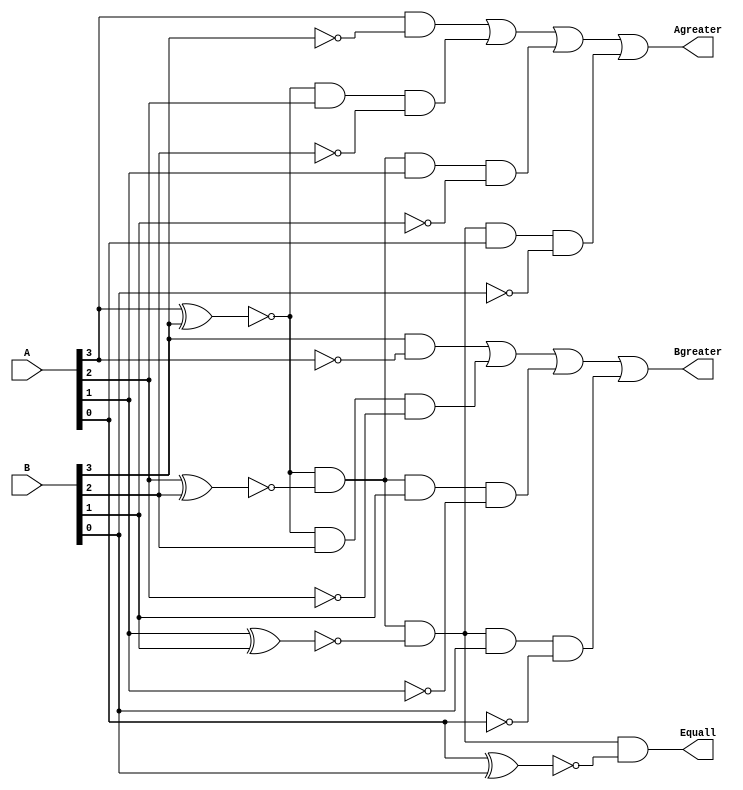
module comp4 (A,B,Agreater,Bgreater,Equall);
input wire [3:0] A ;
input wire [3:0] B ;
output wire Agreater , Bgreater , Equall ;
wire X3,X2,X1,X0 ;
assign X3 = (~(A[3]^B[3]));
assign X2 = (~(A[2]^B[2]));
assign X1 = (~(A[1]^B[1]));
assign X0 = (~(A[0]^B[0]));
assign Equall    =  X3 & X2 & X1 & X0 ;
assign Agreater  = (A[3] & (~B[3])) | (X3 & A[2] & (~B[2])) | (X3 & X2 & A[1] & (~B[1])) | (X3 & X2 & X1 & A[0] &(~B[0]) ) ;
assign Bgreater  = (B[3] & (~A[3])) | (X3 & B[2] & (~A[2])) | (X3 & X2 & B[1] & (~A[1])) | (X3 & X2 & X1 & B[0] &(~A[0]) ) ;


    
endmodule